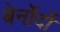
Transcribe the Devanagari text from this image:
बेर्नोर्दो